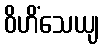
ဝိဟိံသေယျ